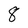
Character: 8